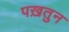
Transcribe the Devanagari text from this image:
पख़तुन